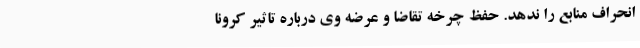
انحراف منابع را ندهد. حفظ چرخه تقاضا و عرضه وی درباره تاثیر کرونا